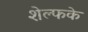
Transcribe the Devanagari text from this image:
शेल्फके